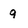
Character: 9